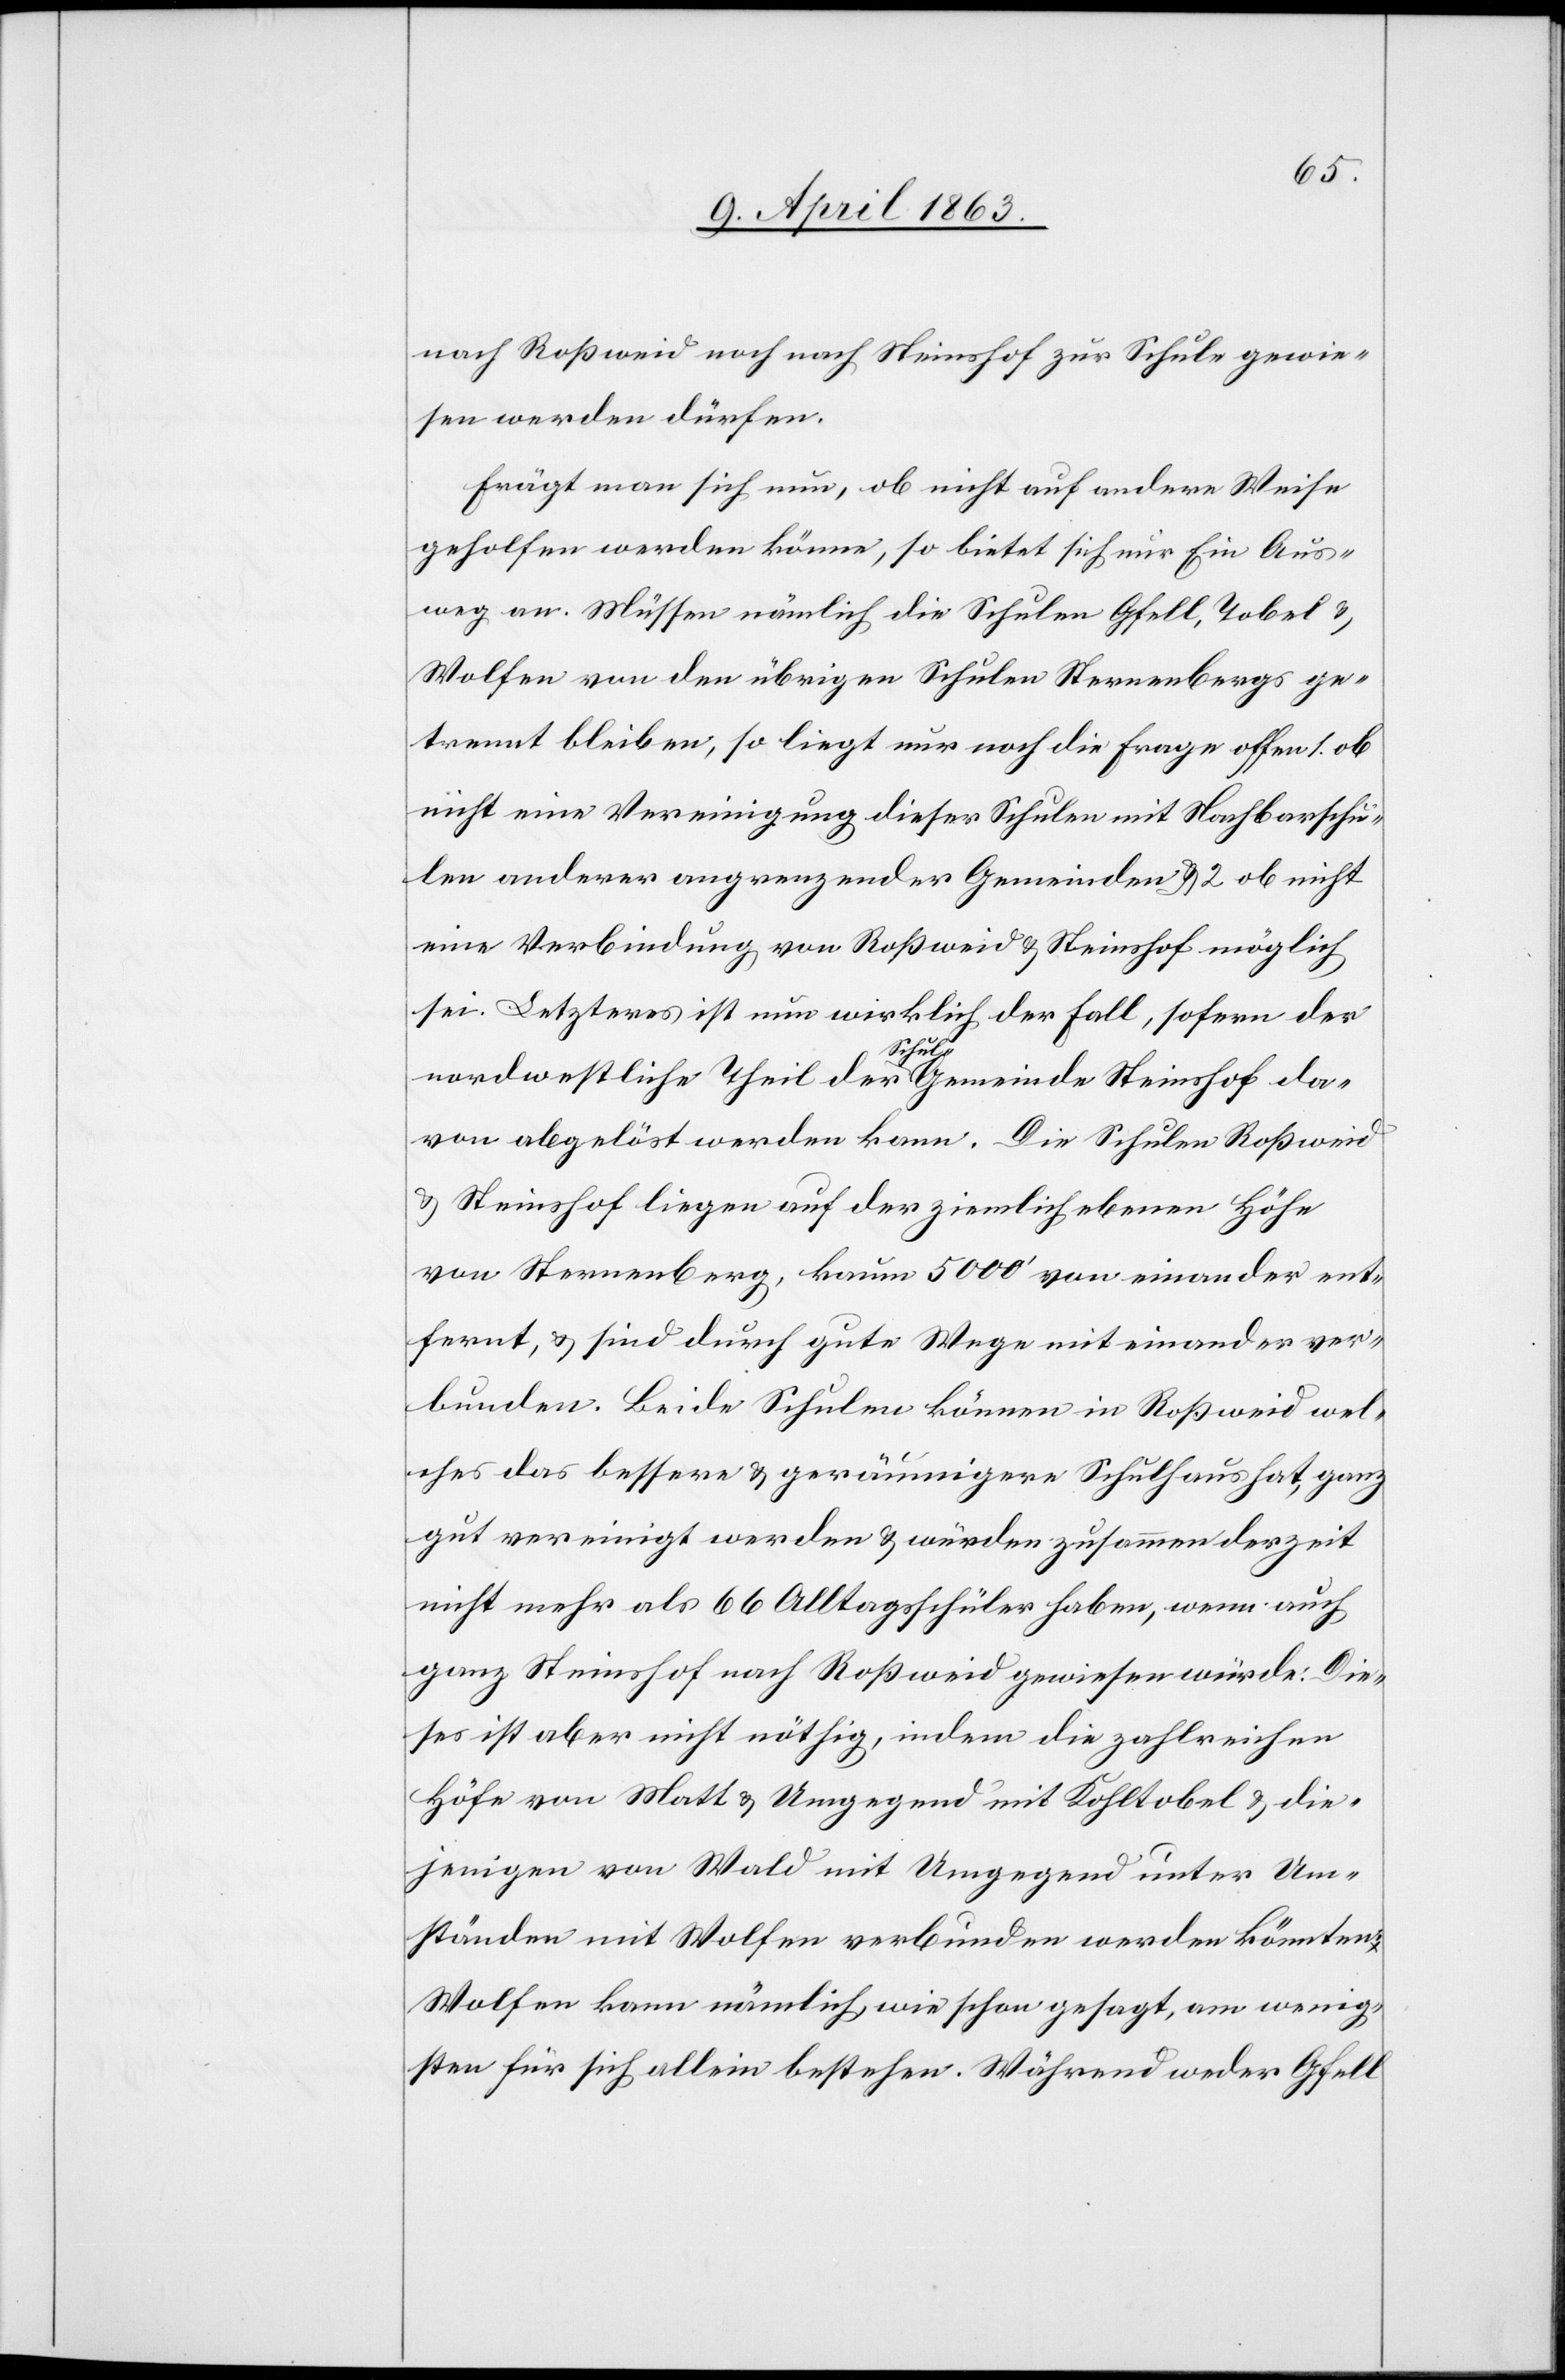
nach Roßweid noch nach Steinshof zur Schule gewie¬
sen werden dürfen.
Frägt man sich nun, ob nicht auf andere Weise
geholfen werden könne, so bietet sich nur Ein Aus¬
weg an. Müssen nämlich die Schulen Gfell, Tobel &
Wolfen von den übrigen Schulen Sternenbergs ge¬
trennt bleiben, so liegt nur noch die Frage offen 1. ob
nicht eine Vereinigung dieser Schulen mit Nachbarschu¬
len anderer angrenzender Gemeinden & 2. ob nicht
eine Verbindung von Roßweid & Steinshof möglich
sei. Letzteres ist nun wirklich der Fall, sofern der
Theil
davon abgelöst werden kann. Die Schulen Roßweid
& Steinshof liegen auf der ziemlich ebenen Höhe
von Sternenberg, kaum 5000' von einander ent¬
fernt, & sind durch gute Wege mit einander ver¬
bunden. Beide Schulen können in Roßweid wel¬
ches das bessere & geräumigere Schulhaus hat, ganz
gut vereinigt werden & würden zusammen derzeit
nicht mehr als 66 Alltagsschüler haben, wenn auch
ganz Steinshof nach Roßweid gewiesen würde. Die¬
ses ist aber nicht nöthig, indem die zahlreichen
Höfe von Matt & Umgegend mit Kohltobel & die¬
jenigen von Wald mit Umgegend unter Um¬
ständen mit Wolfen verbunden werden können.
Wolfen kann nämlich wie schon gesagt, am wenig¬
sten für sich allein bestehen. Während weder Gfell